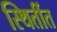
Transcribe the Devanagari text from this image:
स्थितींत